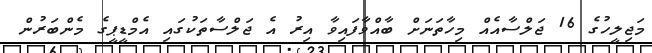
މަޖިލީހުގެ 16 ޖަލްސާއެއް މިހާތަނަށް ބާއްވާފައިވާ އިރު އެ ޖަލްސާތަކުގައި އެމްޑީޕީގެ މެންބަރުން